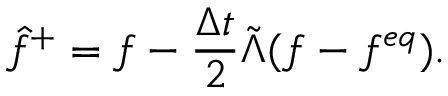
\hat { f } ^ { + } = f - \frac { \Delta t } { 2 } \tilde { \Lambda } ( f - f ^ { e q } ) .